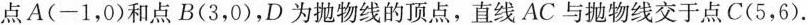
点A(-1，0)和点B(3，0)，D为抛物线的顶点，直线AC与抛物线交于点C(5，6).